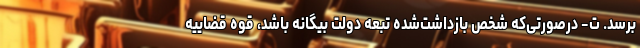
برسد. ت- درصورتی‌که شخص بازداشت‌شده تبعه دولت بیگانه باشد، قوه قضاییه